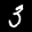
Label: 3